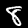
Digit: 8